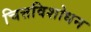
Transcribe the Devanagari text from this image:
चित्तविशोधन